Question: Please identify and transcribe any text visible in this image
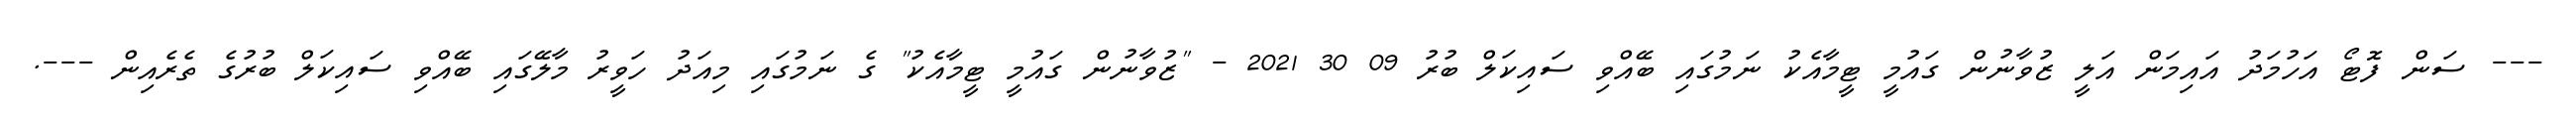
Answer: --- ސަން ފޮޓޯ އަހުމަދު އައިމަން އަލީ ޒުވާނުން ގައުމީ ޓީމާއެކު ނަމުގައި ބޭއްވި ސައިކަލް ބުރު 09 30 2021 - "ޒުވާނުން ގައުމީ ޓީމާއެކު" ގެ ނަމުގައި މިއަދު ހަވީރު މާލޭގައި ބޭއްވި ސައިކަލް ބުރުގެ ތެރެއިން ---.